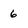
Character: 6